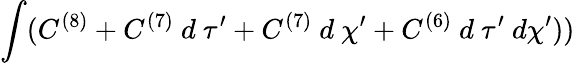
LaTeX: \int(C^{(8)}+C^{(7)}~d~\tau^{\prime}+C^{(7)}~d~\chi^{\prime}+C^{(6)}~d~\tau^{\prime}~d\chi^{\prime}))